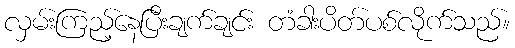
လှမ်းကြည့်နေပြီးချက်ချင်း တံခါးပိတ်ပစ်လိုက်သည်။